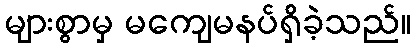
များစွာမှ မကျေမနပ်ရှိခဲ့သည်။